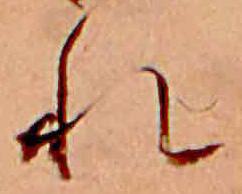
れ